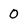
Character: 0